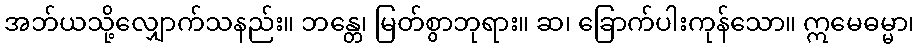
အဘ်ယသို့လျှောက်သနည်း။ ဘန္တေ၊ မြတ်စွာဘုရား။ ဆ၊ ခြောက်ပါးကုန်သော။ ဣမေဓမ္မာ၊